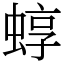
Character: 蜳